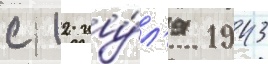
с 12 иу́л'я 1943